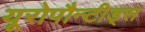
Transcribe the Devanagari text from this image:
यूरोपौन्टीड्स